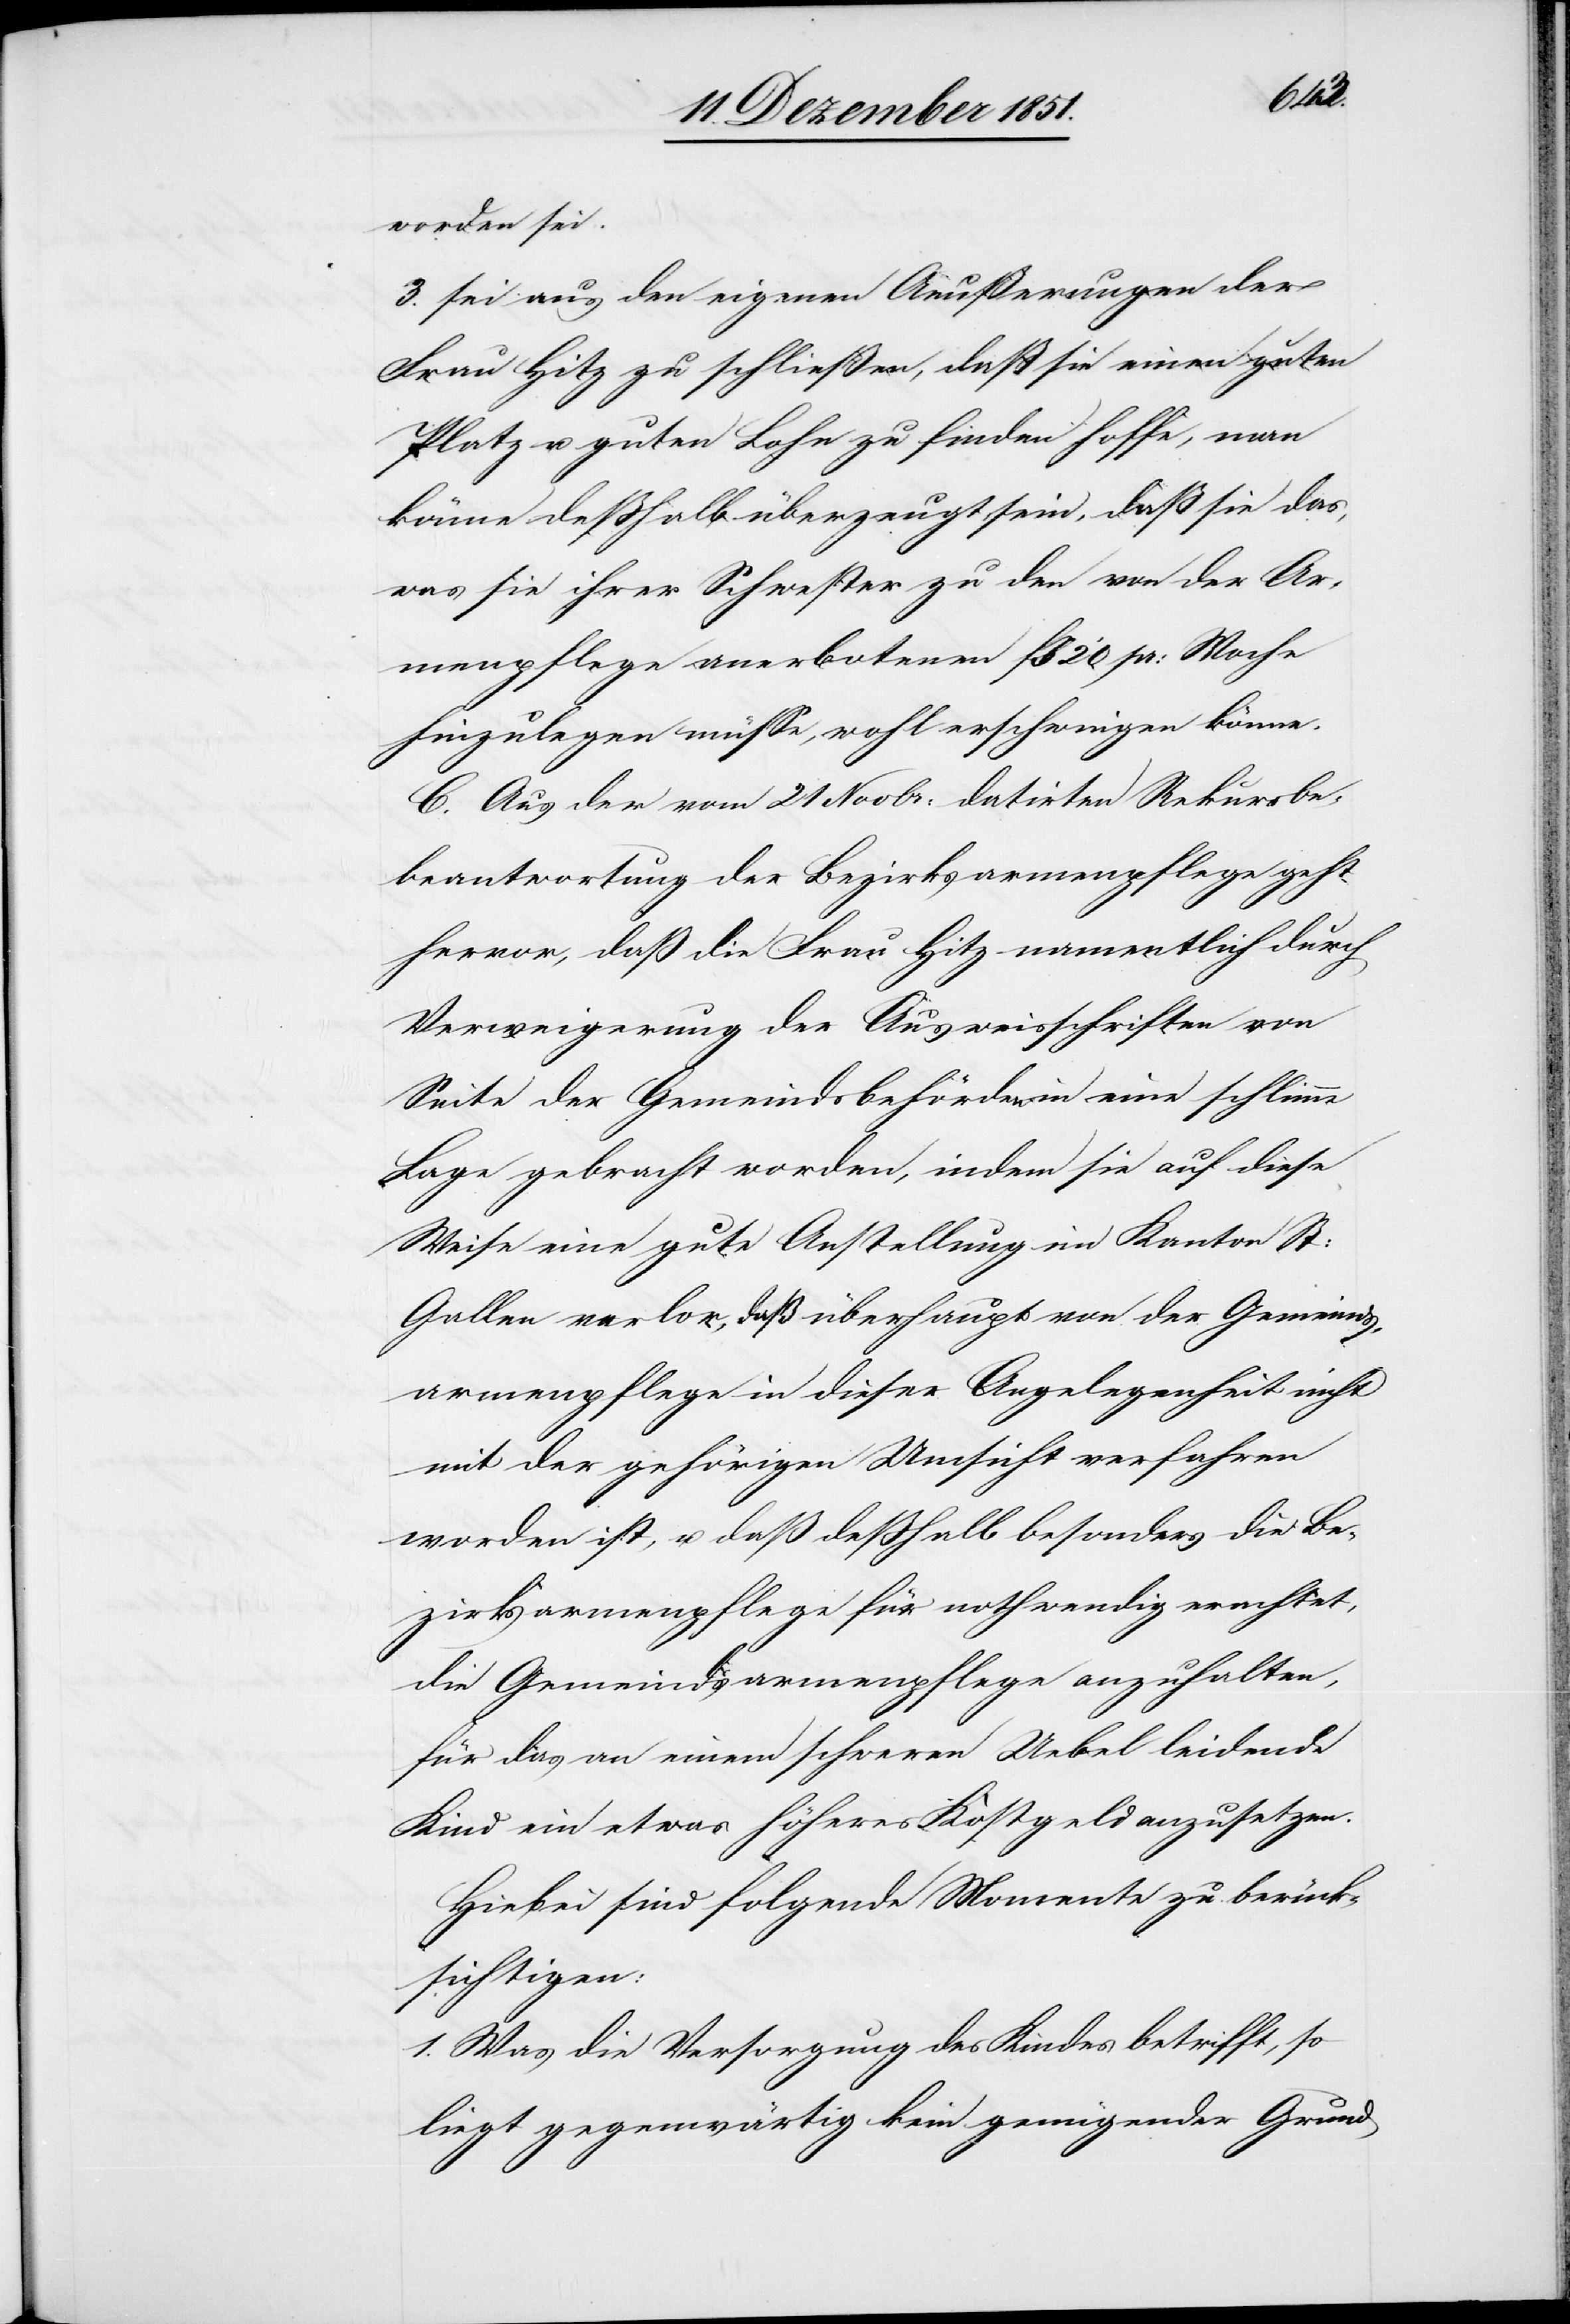
worden sei.
3. sei aus den eigenen Aeußerungen der
Frau Hitz zu schließen, daß sie einen guten
Platz u. guten Lohn zu finden hoffe, man
könne deßhalb überzeugt sein, daß sie das,
was sie ihrer Schwester zu den von der Ar¬
menpflege anerbotenen ß 20 pr: Woche
hinzulegen müsse, wohl erschwingen könne.
C. Aus der vom 21 Novbr: datirten Rekursbe¬
beantwortung [sic!] der Bezirksarmenpflege geht
hervor, daß die Frau Hitz namentlich durch
Verweigerung der Ausweisschriften von
Seite der Gemeindsbehörden in eine schlimme
Lage gebracht worden, indem sie auf diese
Weise eine gute Anstellung im Kanton St:
Gallen verlor, daß überhaupt von der Gemeinds¬
armenpflege in dieser Angelegenheit nicht
mit der gehörigen Umsicht verfahren
worden ist, u. daß deßhalb besonders die Be¬
zirksarmenpflege für nothwendig erachtet,
die Gemeindsarmenpflege anzuhalten,
für das an einem schweren Uebel leidende
Kind ein etwas höheres Kostgeld anzusetzen.
Hiebei sind folgende Momente zu berück¬
sichtigen:
1. Was die Versorgung des Kindes betrifft, so
liegt gegenwärtig kein genügender Grund